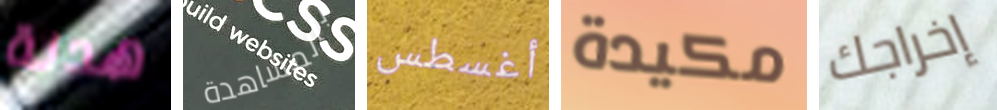
هدنة بالمشاهدة أغسطس مكيدة إخراجك